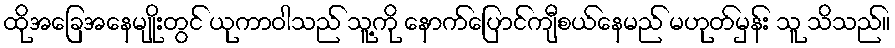
ထိုအခြေအနေမျိုးတွင် ယုကာဝါသည် သူ့ကို နောက်ပြောင်ကျီစယ်နေမည် မဟုတ်မှန်း သူ သိသည်။